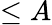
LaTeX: \le A